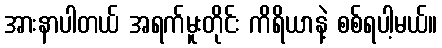
အားနာပါတယ် အရက်မူးတိုင်း ကိရိယာနဲ့ စစ်ရပါ့မယ်။